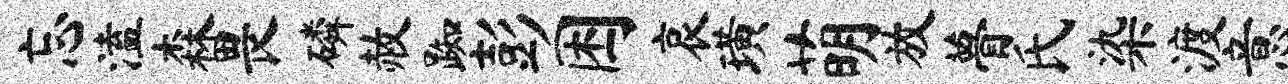
忘溘森畏磷赦踟彭困哀璜萌放瞢氏染渡意